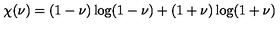
\chi ( \nu ) = ( 1 - \nu ) \log ( { 1 - \nu } ) + ( 1 + \nu ) \log ( { 1 + \nu } )